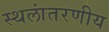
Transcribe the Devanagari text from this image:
स्थलांतरणीय